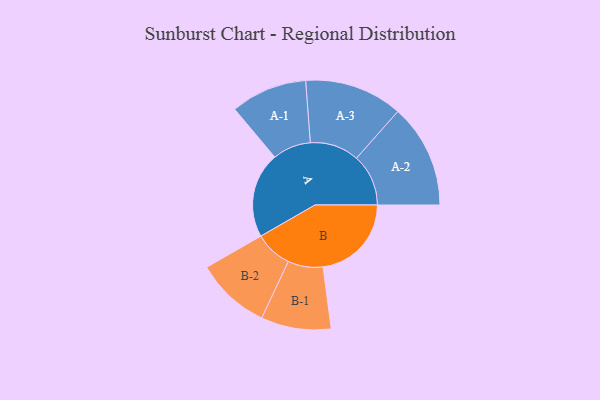
{"axis": {"x": "Segment", "y": "Value"}, "legend": ["", "A", "B"], "data": [{"x": "A", "y": 481, "type": ""}, {"x": "B", "y": 497, "type": ""}, {"x": "A-1", "y": 215, "type": "A"}, {"x": "A-2", "y": 292, "type": "A"}, {"x": "A-3", "y": 276, "type": "A"}, {"x": "B-1", "y": 197, "type": "B"}, {"x": "B-2", "y": 210, "type": "B"}]}